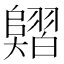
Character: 𦒣